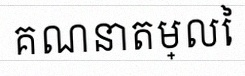
គណនាតម្លៃ